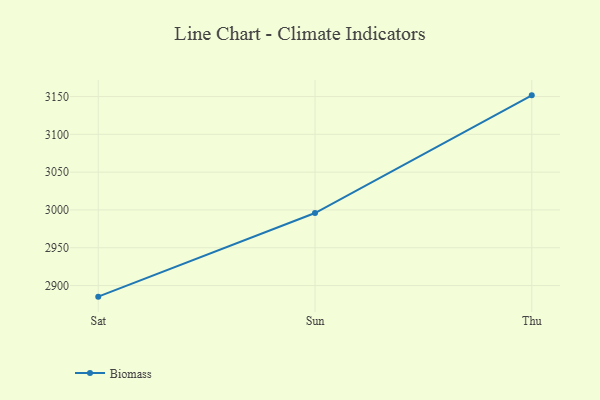
{"axis": {"x": "Day", "y": "Temperature (°C)"}, "legend": ["Biomass"], "data": [{"x": "Sat", "y": 2885.3, "type": "Biomass"}, {"x": "Sun", "y": 2995.9, "type": "Biomass"}, {"x": "Thu", "y": 3151.6, "type": "Biomass"}]}